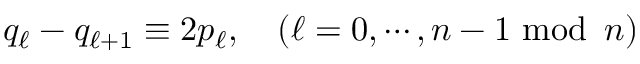
q _ { \ell } - q _ { \ell + 1 } \equiv 2 p _ { \ell } , \quad ( \ell = 0 , \cdots , n - 1 \mathrm { ~ m o d } \, \, \, n )